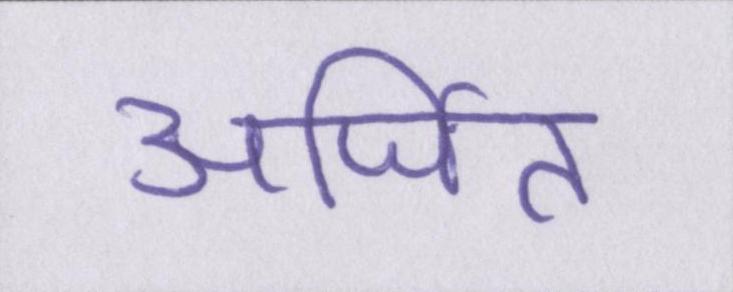
अर्जित